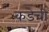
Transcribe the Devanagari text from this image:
कडेची